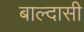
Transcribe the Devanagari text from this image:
बाल्दासी